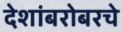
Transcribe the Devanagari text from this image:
देशांबरोबरचे